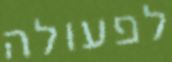
לפעולה